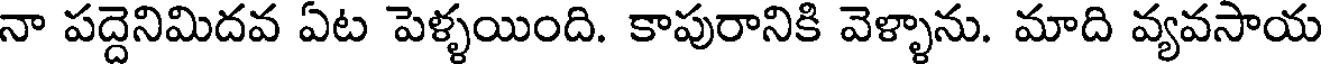
నా పద్దెనిమిదవ ఏట పెళ్ళయింది. కాపురానికి వెళ్ళాను. మాది వ్యవసాయ